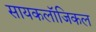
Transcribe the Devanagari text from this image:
सायकलॉजिकल